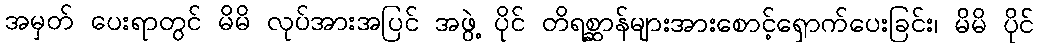
အမှတ် ပေးရာတွင် မိမိ လုပ်အားအပြင် အဖွဲ့ ပိုင် တိရစ္ဆာန်များအားစောင့်ရှောက်ပေးခြင်း၊ မိမိ ပိုင်